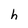
Character: h